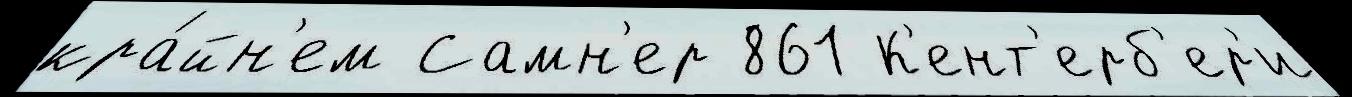
кра́йн'ем Самн'ер 861 К'ент'ерб'ер'и